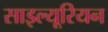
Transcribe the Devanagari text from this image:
साइल्यूरियन